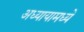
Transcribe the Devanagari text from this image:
अध्यायामध्ये